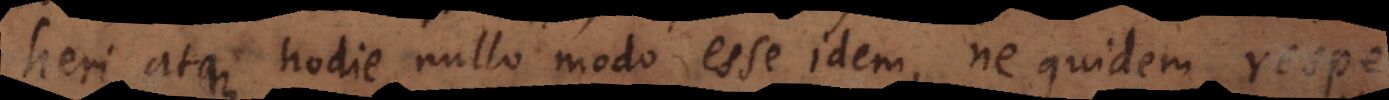
heri atque hodie nullo modo esse idem, ne quidem respectu